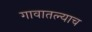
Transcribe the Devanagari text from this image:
गावातल्याच